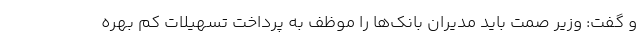
و گفت: وزیر صمت باید مدیران بانک‌ها را موظف به پرداخت تسهیلات کم بهره